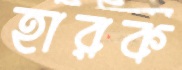
হারক